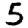
Digit: 5